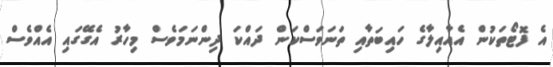
އެ ފޮޓޯތަކުން އެއާއިލާގެ ހައިބަތާއި ތަނަވަސްކަން ދައްކަ ދިންނަމަވެސް މިހާރު އެގޭގައި އެއްވެސް